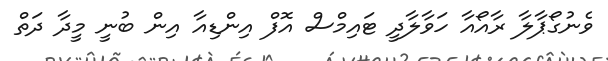
ވެނުގޯޕާލާ ރާއޯއާ ހަވާލާދީ ޓައިމްސް އޮފް އިންޑިއާ އިން ބުނީ މީދާ ދަތް